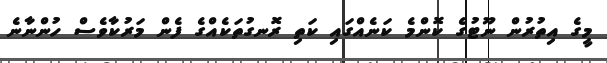
މީގެ އިތުރުން ނޫޓުގެ ކޮންމެ ކަނެއްގައި ކަތި ރޮނގުތަކެއްގެ ފެން މަރުކާވެސް ހުންނާނެ